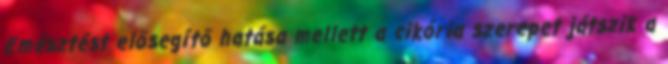
Emésztést elősegítő hatása mellett a cikória szerepet játszik a